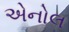
એનોલ